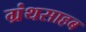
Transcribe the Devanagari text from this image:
ग्रंथसाहब